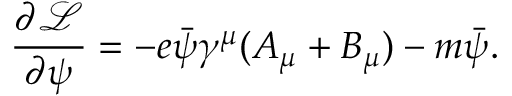
{ \frac { \partial { \mathcal { L } } } { \partial \psi } } = - e { \bar { \psi } } \gamma ^ { \mu } ( A _ { \mu } + B _ { \mu } ) - m { \bar { \psi } } .